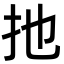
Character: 扡